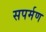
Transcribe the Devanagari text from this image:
सपर्मण